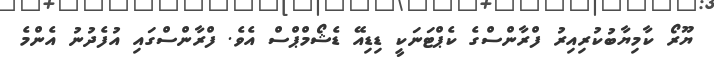
ޔޫރޯ ކާމިޔާބުކުރިއިރު ފްރާންސްގެ ކެޕްޓަނަކީ ޑިޑިއޭ ޑެޝޯމްޕްސް އެވެ. ފްރާންސްގައި އުފެދުނު އެންމެ